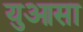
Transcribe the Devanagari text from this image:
युआसा